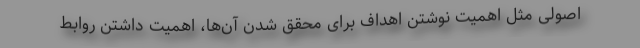
اصولی مثل اهمیت نوشتن اهداف برای محقق شدن آن‌ها، اهمیت داشتن روابط